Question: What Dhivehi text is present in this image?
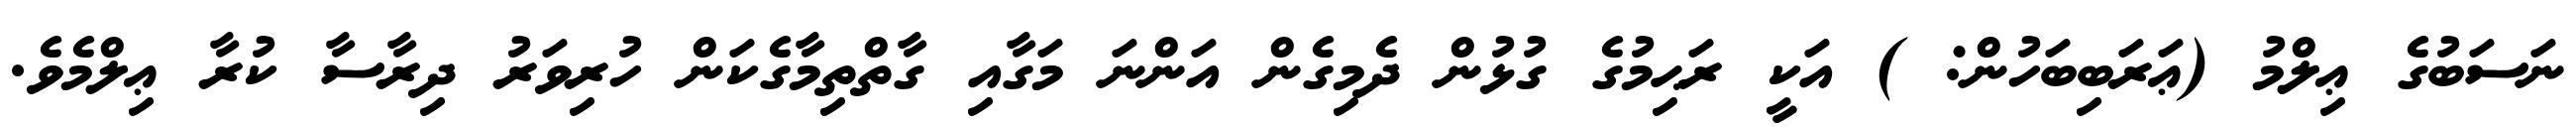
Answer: ނަސަބުގެ ޢިލްމު (ޢަރަބިބަހުން: ) އަކީ ރަޙިމުގެ ގުޅުން ދެމިގެން އަންނަ މަގާއި ގާތްތިމާގެކަން ހުރިވަރު ދިރާސާ ކުރާ ޢިލްމެވެ.